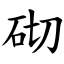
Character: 砌